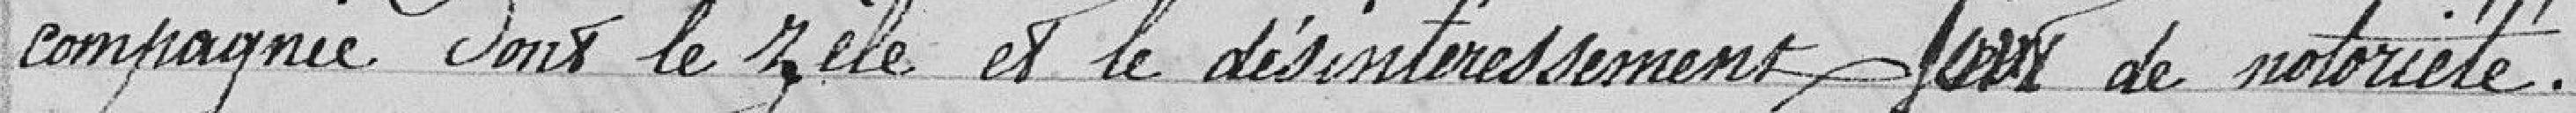
compagnie dans le zèle et le désintéressement pour de notoriété.